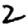
Digit: 2